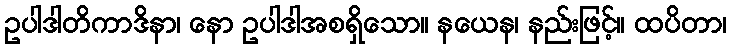
ဥပါဒါတိကာဒိနာ၊ နော ဥပါဒါအစရှိသော။ နယေန၊ နည်းဖြင့်။ ထပိတာ၊